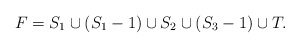
\begin{align*}F=S_1\cup(S_1-1)\cup S_2\cup (S_3-1)\cup T.\end{align*}